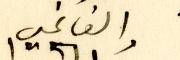
والفاتحين